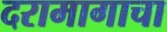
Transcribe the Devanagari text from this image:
दरामागाचा